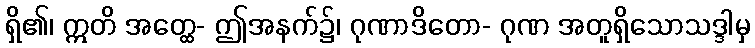
ရှိ၏၊ ဣတိ အတ္ထေ- ဤအနက်၌၊ ဂုဏာဒိတော- ဂုဏ အတူရှိသောသဒ္ဒါမှ